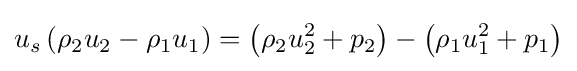
u_{s}\left(\rho _{2}u_{2}-\rho _{1}u_{1}\right)=\left(\rho _{2}u_{2}^{2}+p_{2}\right)-\left(\rho _{1}u_{1}^{2}+p_{1}\right)